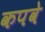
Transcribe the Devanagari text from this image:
कपवे